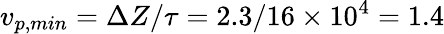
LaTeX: v_{p,min}=\Delta Z/\tau=2.3/16\times 10^{4}=1.4